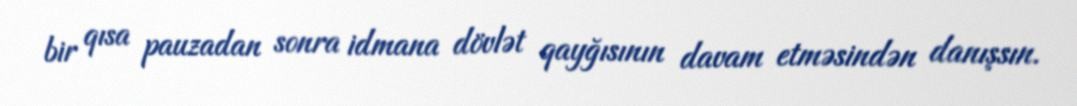
bir qısa pauzadan sonra idmana dövlət qayğısının davam etməsindən danışsın.